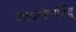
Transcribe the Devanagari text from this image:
आकर्षणबिंदू